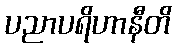
ပညာပရိဟာနီတိ